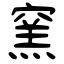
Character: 窯